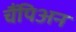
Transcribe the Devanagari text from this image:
चैंपिअन